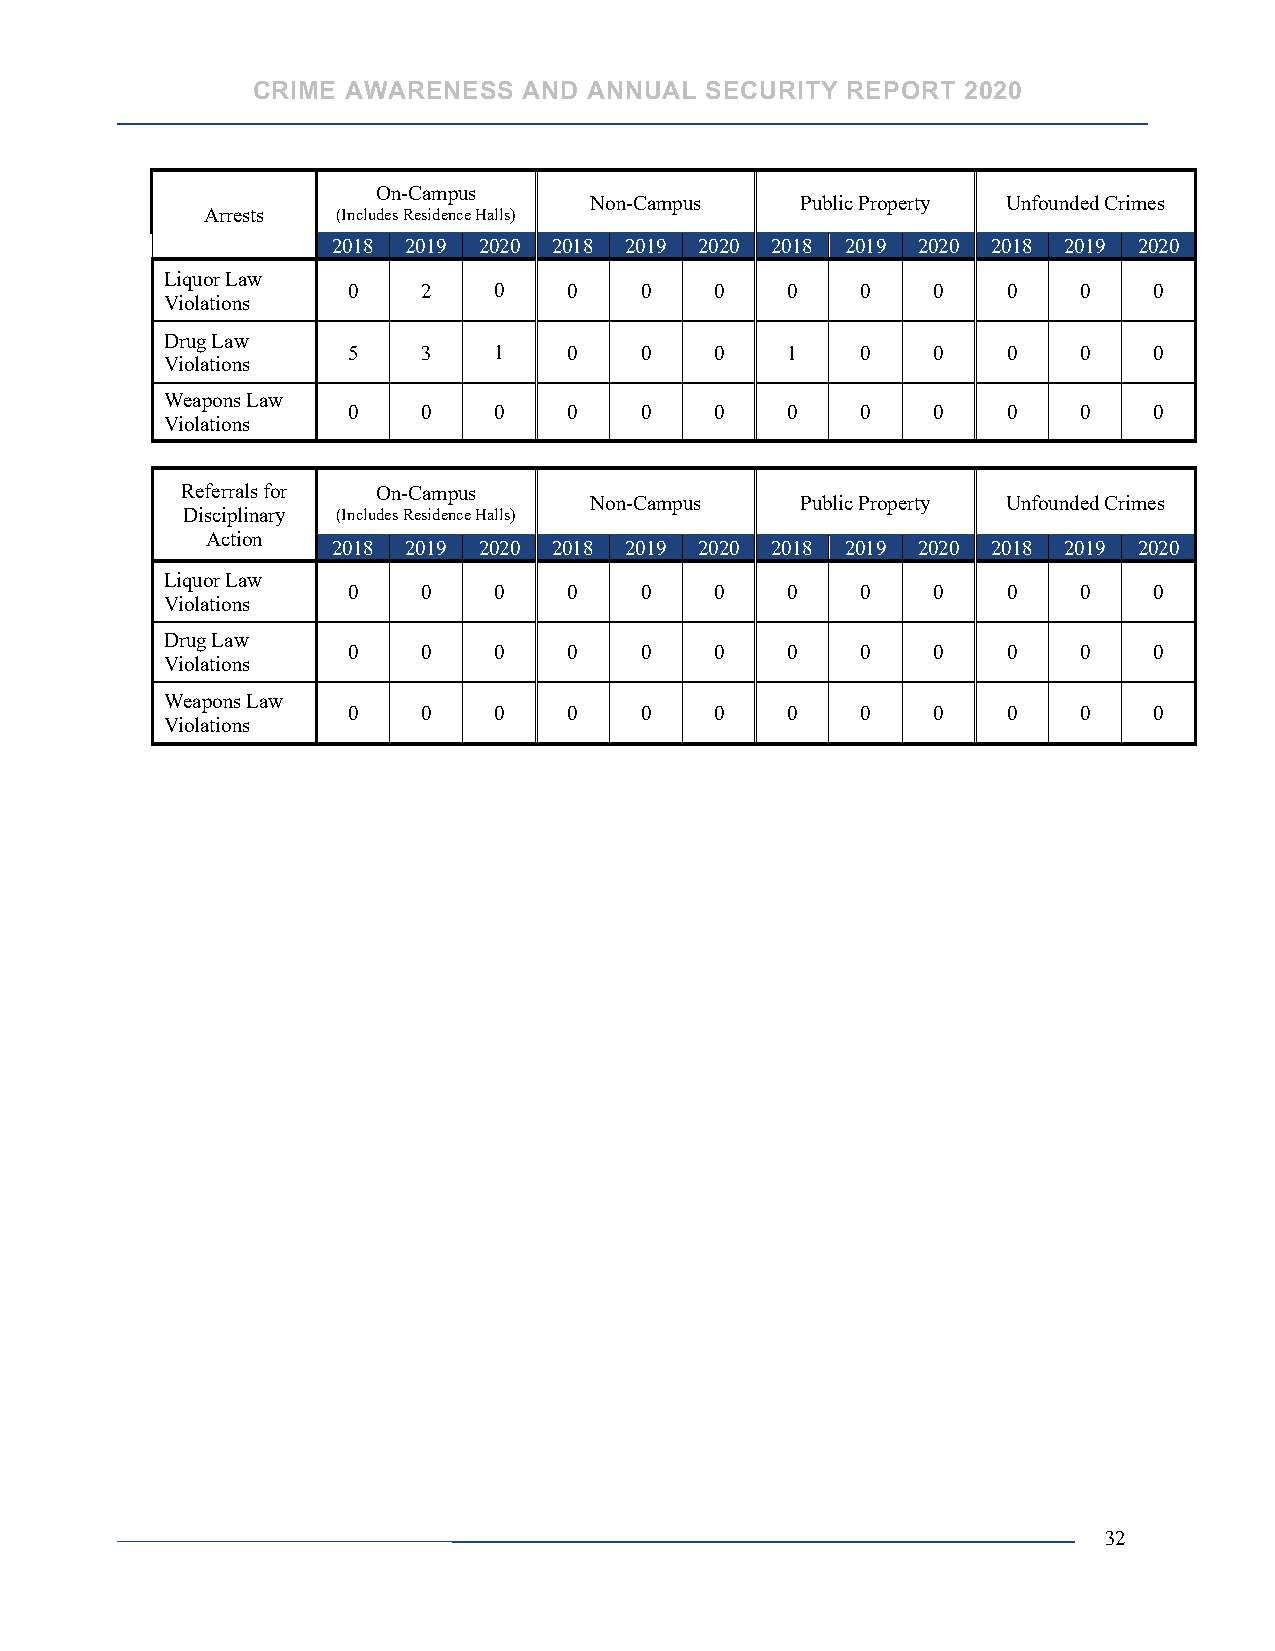
CRIME AWARENESS   AND ANNUAL  SECURITY REPORT  2020
 On-Campus
 Non-Campus    Public Property Unfounded Crimes
 Arrests (Includes Residence Halls)
 2018 2019 2020 2018 2019 2020 2018 2019 2020 2018 2019 2020
 Liquor Law
 0    2    0    0   0    0    0    0    0    0   0    0
 Violations
 Drug Law
 5    3    1    0   0    0    1    0    0    0   0    0
 Violations
 Weapons Law
 0    0    0    0   0    0    0    0    0    0   0    0
 Violations
 Referrals for On-Campus
 Non-Campus    Public Property Unfounded Crimes
 Disciplinary (Includes Residence Halls)
 Action
 2018 2019 2020 2018 2019 2020 2018 2019 2020 2018 2019 2020
 Liquor Law
 0    0    0    0   0    0    0    0    0    0   0    0
 Violations
 Drug Law
 0    0    0    0   0    0    0    0    0    0   0    0
 Violations
 Weapons Law
 0    0    0    0   0    0    0    0    0    0   0    0
 Violations
 32